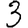
Digit: 3